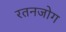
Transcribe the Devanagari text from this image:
रतनजोग